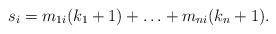
LaTeX: \begin{align*}s_i=m_{1i}(k_1+1)+\ldots+m_{ni}(k_n+1).\end{align*}